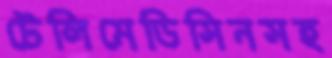
টেলিমেডিসিনসহ